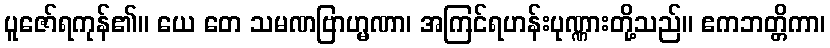
ပူဇော်ရကုန်၏။ ယေ တေ သမဏဗြာဟ္မဏာ၊ အကြင်ရဟန်းပုဏ္ဏားတို့သည်။ ဧကဘတ္တိကာ၊